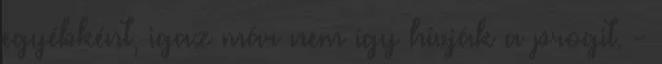
egyébként, igaz már nem így hívják a progit. -